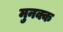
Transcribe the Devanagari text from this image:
मुनक्क